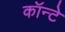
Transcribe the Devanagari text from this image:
कॉन्टे